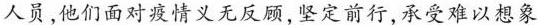
人员，他们面对疫情义无反顾，坚定前行，承受难以想象